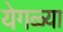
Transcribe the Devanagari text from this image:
येगळ्या